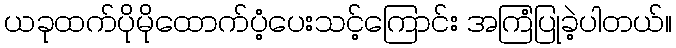
ယခုထက်ပိုမိုထောက်ပံ့ပေးသင့်ကြောင်း အကြံပြုခဲ့ပါတယ်။